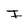
Character: I